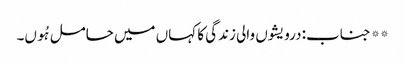
** جناب: درویشوں والی زندگی کا کہاں میں حامل ہُوں۔